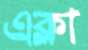
এক্লা